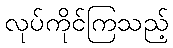
လုပ်ကိုင်ကြသည့်